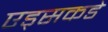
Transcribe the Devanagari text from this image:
एड्‌सकडे